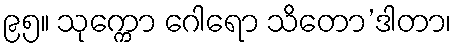
၉၅။ သုက္ကော ဂေါရော သိတော’ဒါတာ၊